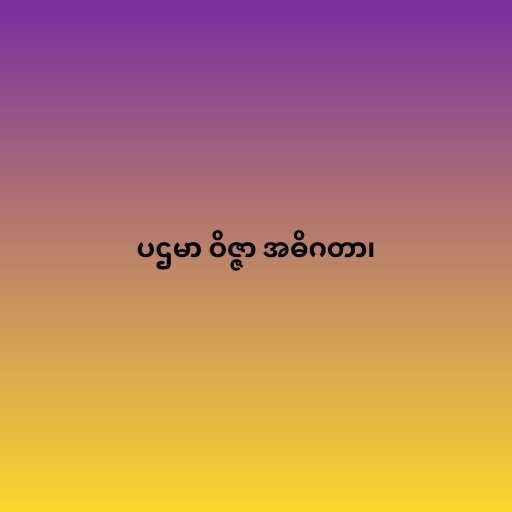
ပဌမာ ဝိဇ္ဇာ အဓိဂတာ၊